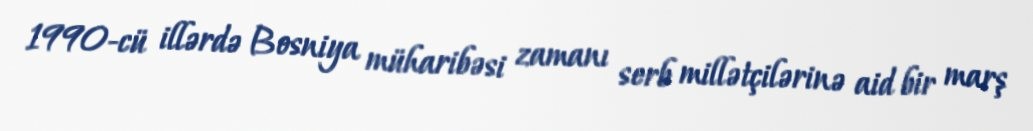
1990-cü illərdə Bosniya müharibəsi zamanı serb millətçilərinə aid bir marş